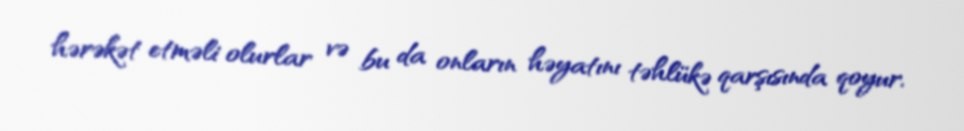
hərəkət etməli olurlar və bu da onların həyatını təhlükə qarşısında qoyur.